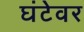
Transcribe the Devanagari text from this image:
घंटेवर